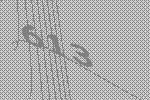
613